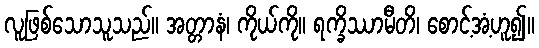
လူဖြစ်သောသူသည်။ အတ္တာနံ၊ ကိုယ်ကို။ ရက္ခိဿာမီတိ၊ စောင့်အံ့ဟူ၍။